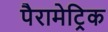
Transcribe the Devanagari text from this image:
पैरामेट्रिक